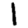
Digit: 1